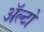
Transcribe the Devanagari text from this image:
अॅल्टो